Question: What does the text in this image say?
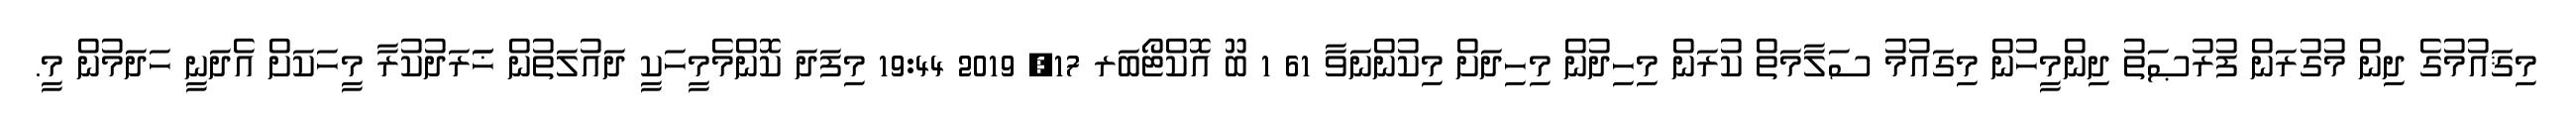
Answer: މިޤައުމުގެ ދިން މުގުރަން ފުރުޞަތު ދިންމީހުން މިގައުމު ސަލާމަތް ކުރަން މިހިދުން މިހިދަށް މިކުންނަވާ 61 1 ބޫ އޮކްޓޯބަރ 17, 2019 19:44 މިފަދަ ކޮންމެމީހަކީ ދައުލަތުން ޚަަރަދުކުރާ މީހަކަށް އެދަނީ ހަދަމުން މީ.